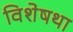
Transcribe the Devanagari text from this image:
विशेषथा